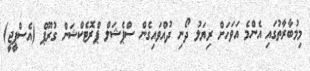
މިމުބާރާތުގައި އެންމެ އަވަހަށް ރިޔަލު ދޯނި ދުއްވައިގެން ސްޕެޝަލް ޕްރޮޓެކްޝަން ގުރޫޕް (އެސްޕީޖީ)